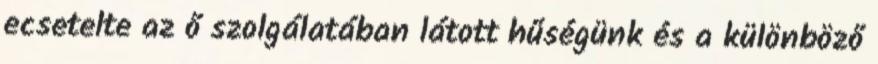
ecsetelte az ő szolgálatában látott hűségünk és a különböző